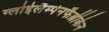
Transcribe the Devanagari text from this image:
ग्लोईलैम्पेनफैब्रीकेन